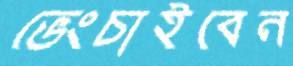
ভেংচাইবেন